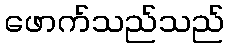
ဖောက်သည်သည်